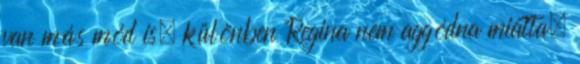
van más mód is, különben Regina nem aggódna miatta.